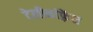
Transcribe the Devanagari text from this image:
टेलीकांफ़्रेंस